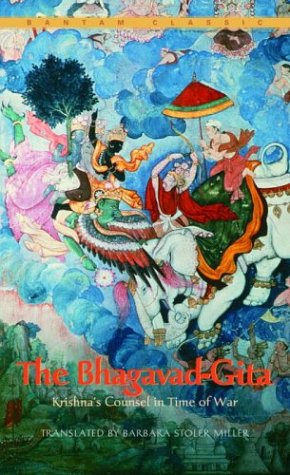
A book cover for The Bhagavad-Gita : Krishna's Counsel in Time of War (Bantam Classics); Religion & Spirituality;